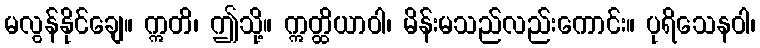
မလွန်နိုင်ချေ။ ဣတိ၊ ဤသို့။ ဣတ္ထိယာဝါ၊ မိန်းမသည်လည်းကောင်း။ ပုရိသေနဝါ၊